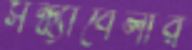
সন্ধ্যাবেলার